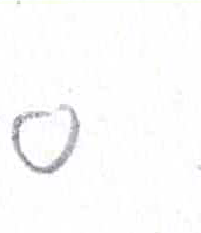
אות: ס